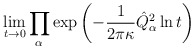
\begin{align*}\lim_{t\rightarrow 0}\prod_\alpha \exp\left(-\frac{1}{2\pi\kappa}\hat Q^2_\alpha\ln t\right)\end{align*}